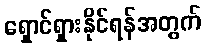
ရှောင်ရှားနိုင်ရန်အတွက်